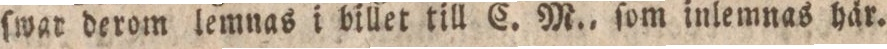
ſwar derom lemnas i billet till C. M., ſom inle mnas här.